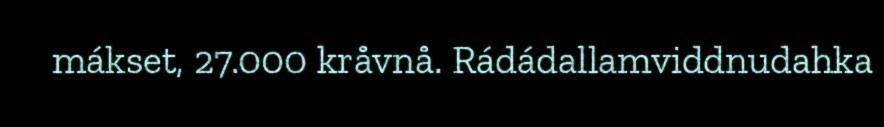
mákset, 27.000 kråvnå. Rádádallamviddnudahka